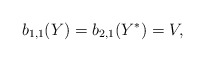
\begin{align*}b_{1,1}(Y)=b_{2,1}(Y^*)=V,\end{align*}